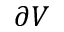
\partial V